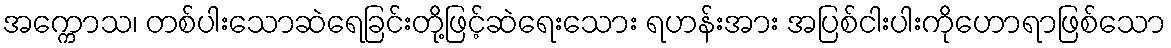
အက္ကောသ၊ တစ်ပါးသောဆဲရေခြင်းတို့ဖြင့်ဆဲရေးသေား ရဟန်းအား အပြစ်ငါးပါးကိုဟောရာဖြစ်သော